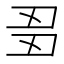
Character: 𬻘